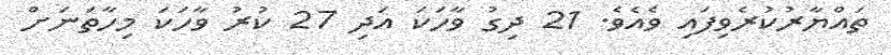
ތައްޔާރުކުރެވިފައި ވެއެވެ. 21 ދިގު ވާހަކަ އަދި 27 ކުރު ވާހަކަ މިހާތަނަށް